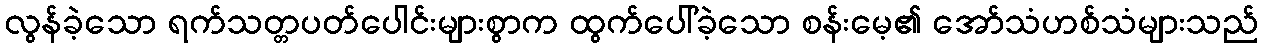
လွန်ခဲ့သော ရက်သတ္တပတ်ပေါင်းများစွာက ထွက်ပေါ်ခဲ့သော စန်းမေ့၏ အော်သံဟစ်သံများသည်